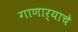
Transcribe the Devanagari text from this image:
गाणार्‍याचे